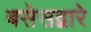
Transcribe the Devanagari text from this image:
बसेसद्बारे